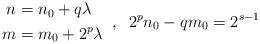
LaTeX: \begin{align*}\begin{aligned}n &= n_0 + q \lambda \\m &= m_0 + 2^p \lambda \end{aligned} \;\;, \;\; 2^p n_0 - q m_0 = 2^{s-1} \end{align*}